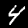
Digit: 4